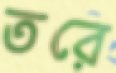
তরে